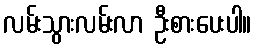
လမ်းသွားလမ်းလာ ဦးစားပေးပါ။